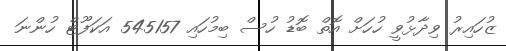
ޒުހައިރު ވިދާޅުވީ ހުހަށް އޮތް ބޮޑު ހުސް ބިމުހައި 545157 އަކަފޫޓް ހުންނަ